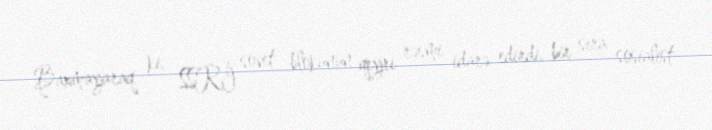
Baxmayaraq ki, SSRİ sovet blokunun qeyri rəsmi idarə edirdi, bir sıra sosialist